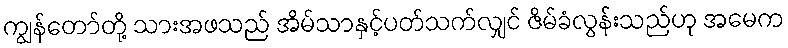
ကျွန်တော်တို့ သားအဖသည် အိမ်သာနှင့်ပတ်သက်လျှင် ဇိမ်ခံလွန်းသည်ဟု အမေက